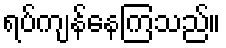
ရပ်ကျန်နေကြသည်။